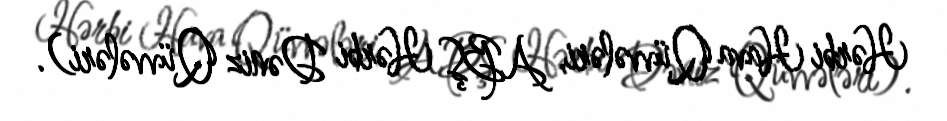
Hərbi Hava Qüvvələri, ABŞ Hərbi Dəniz Qüvvələri).